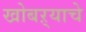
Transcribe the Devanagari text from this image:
खोबऱ्याचे